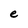
Character: e